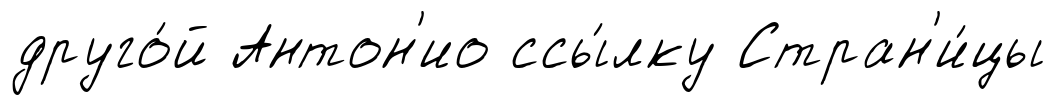
друго́й Антон'ио ссы́лку Стран'и́цы